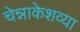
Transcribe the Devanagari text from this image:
चेन्नाकेशव्या